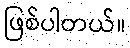
ဖြစ်ပါတယ်။